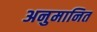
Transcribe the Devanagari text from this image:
अनुमानित